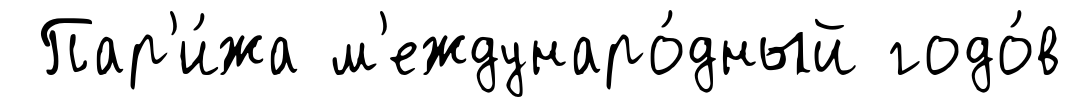
Пар'и́жа м'еждунаро́дный годо́в